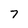
Character: 7